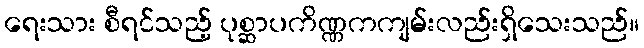
ရေးသား စီရင်သည့် ပုစ္ဆာပကိဏ္ဏကကျမ်းလည်းရှိသေးသည်။